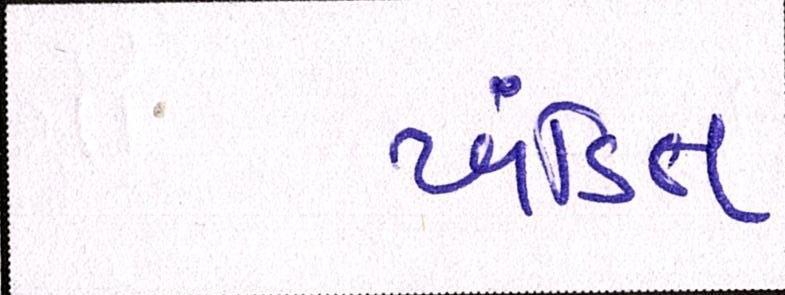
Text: ખંડિત